Report on sanitation, dispensaries, and jails in Rajputana for 1918, and on vaccination for the year 1918-1919 - 1918-1919
Year: 1918
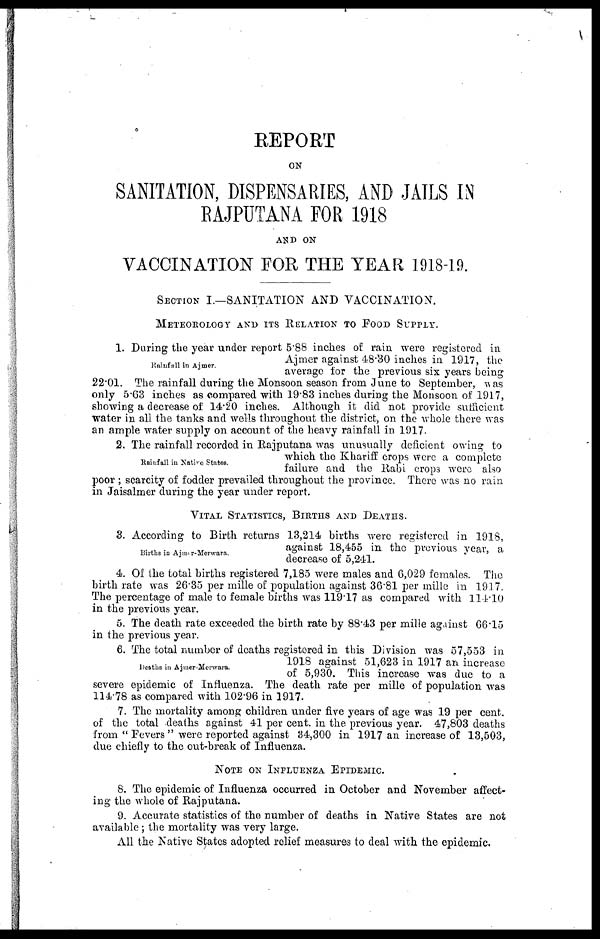
REPORT
ON
SANITATION, DISPENSARIES, AND JAILS IN
RAJPUTANA FOR 1918
AND ON
VACCINATION FOR THE YEAR 1918-19.
SECTION I.—SANITATION AND VACCINATION.
METEOROLOGY AND ITS RELATION TO FOOD SUPPLY.
Rainfull in Ajmer.
1. During the year under report 5.88 inches of rain were registered in
Ajmer against 48.30 inches in 1917, the
average for the previous six years being
2201. The rainfall during the Monsoon season from June to September, was
only 5.63 inches as compared with 19.83 inches during the Monsoon of 1917,
showing a decrease of 14.20 inches. Although it did not provide sufficient
water in all the tanks and wells throughout the district, on the whole there was
an ample water supply on account of the heavy rainfall in 1917.
Rainfall in Native States.
2. The rainfall recorded in Rajputana was unusually deficient owing to
which the Khariff crops were a complete
failure and the Rabi crops were also
poor ; scarcity of fodder prevailed throughout the province. There was no rain
in Jaisalmer during the year under report.
VITAL STATISTICS, BIRTHS AND DEATHS.
Births in Ajmer-Merwara.
3. According to Birth returns 13,214 births were registered in 1918,
against 18,455 in the previous year, a
decrease of 5,241.
4. Of the total births registered 7,185 were males and 6,029 females. The
birth rate was 26.35 per mille of population against 36.81 per mille in 1917.
The percentage of male to female births was 119.17 as compared with 111.10
in the previous year.
5. The death rate exceeded the birth rate by 88.43 per mille against 66.15
in the previous year.
Deaths in Ajmer-Merwara.
6. The total number of deaths registered in this Division was 57,553 in
1918 against 51,623 in 1917 an increase
of 5,930. This increase was due to a
severe epidemic of Influenza. The death rate per mille of population was
11478 as compared with 102.96 in 1917.
7. The mortality among children under five years of age was 19 per cent.
of the total deaths against 41 per cent. in the previous year. 47,803 deaths
from " Fevers " were reported against 34,300 in 1917 an increase of 13,603,
due chiefly to the out-break of Influenza.
NOTE ON INFLUENZA EPIDEMIC.
8. The epidemic of Influenza occurred in October and November affect-
ing the whole of Rajputana.
9. Accurate statistics of the number of deaths in Native States are not
available; the mortality was very large.
All the Native States adopted relief measures to deal with the epidemic.